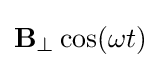
\mathbf {B} _{\perp }\cos(\omega t)